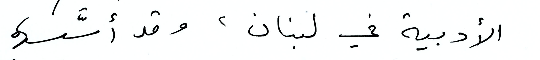
الأدبية في لبنان، وقد أسسهما